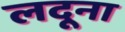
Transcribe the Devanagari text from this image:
लदूना